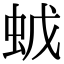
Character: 𧉦